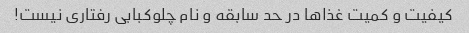
کیفیت و کمیت غذاها در حد سابقه و نام چلوکبابی رفتاری نیست!